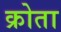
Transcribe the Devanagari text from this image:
क्रोता